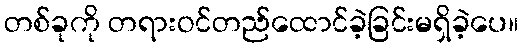
တစ်ခုကို တရားဝင်တည်ထောင်ခဲ့ခြင်းမရှိခဲ့ပေ။